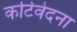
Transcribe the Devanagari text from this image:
कटिवेदना